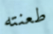
طعنته